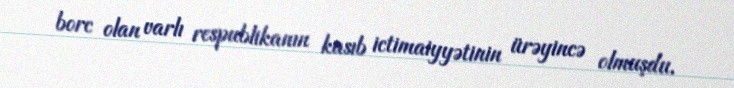
borc olan varlı respublikanın kasıb ictimaiyyətinin ürəyincə olmuşdu.